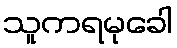
သူကရမုခေါ